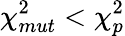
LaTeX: \chi_{mut}^{2}<\chi_{p}^{2}